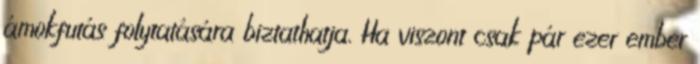
ámokfutás folytatására biztathatja. Ha viszont csak pár ezer ember